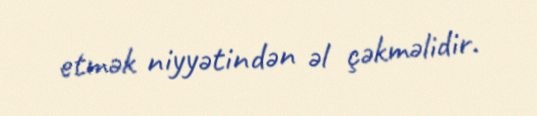
etmək niyyətindən əl çəkməlidir.